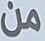
من